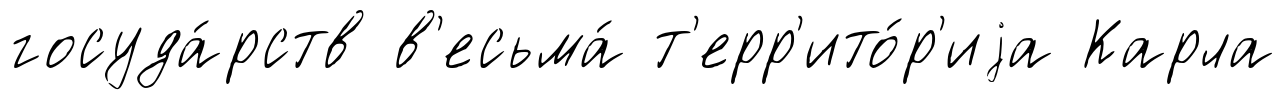
госуда́рств в'есьма́ т'ерр'ито́р'иjа Карла